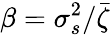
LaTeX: \beta=\sigma_{s}^{2}/\bar{\zeta}